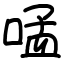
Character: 𠵼